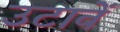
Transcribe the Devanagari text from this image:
उटावें